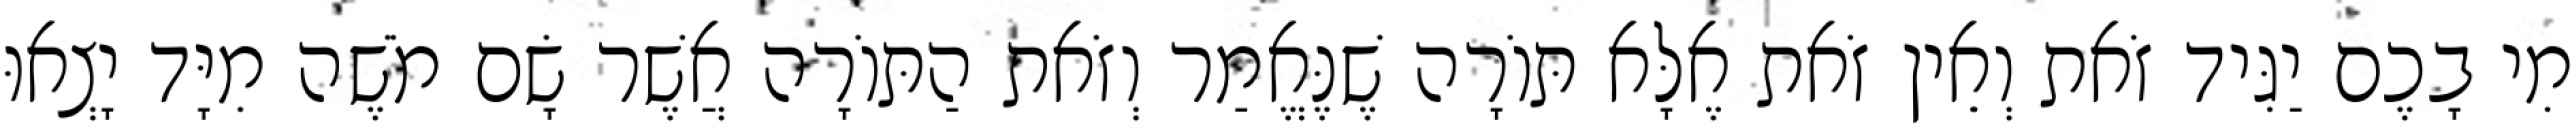
מִי בָכֶם יַגִּיד זֹאת וְאֵין זֹאת אֶלָּא תּוֹרָה שֶׁנֶּאֱמַר וְזֹאת הַתּוֹרָה אֲשֶׁר שָׂם מֹשֶׁה מִיָּד יָצְאוּ